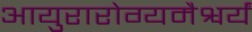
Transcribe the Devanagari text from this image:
आयुरारोग्यमैश्वर्यं